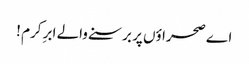
اے صحراؤں پر برسنے والے ابرِ کرم !